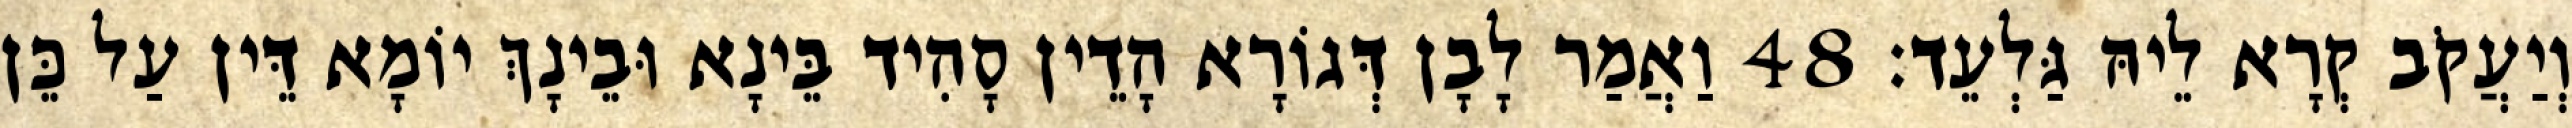
וְיַעֲקֹב קְרָא לֵיהּ גַּלְעֵד׃ 48 וַאֲמַר לָבָן דְּגוֹרָא הָדֵין סָהִיד בֵּינָא וּבֵינָךְ יוֹמָא דֵּין עַל כֵּן